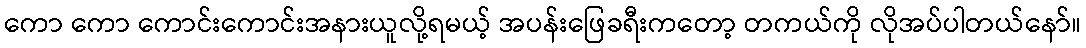
ကော ကော ကောင်းကောင်းအနားယူလို့ရမယ့် အပန်းဖြေခရီးကတော့ တကယ်ကို လိုအပ်ပါတယ်နော်။